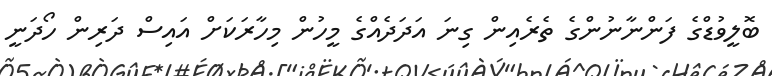
ބޮލީވުޑްގެ ފަންނާނުންގެ ތެރެއިން ގިނަ އަދަދެއްގެ މީހުން މިހާރަކަށް އައިސް ދަރިން ހޯދަނީ